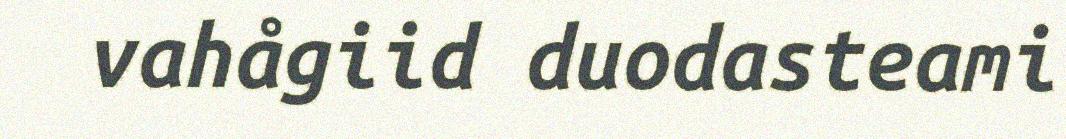
vahågiid duodasteami